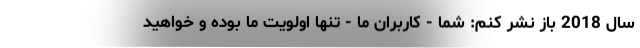
سال 2018 باز نشر کنم: شما - کاربران ما - تنها اولویت ما بوده و خواهید